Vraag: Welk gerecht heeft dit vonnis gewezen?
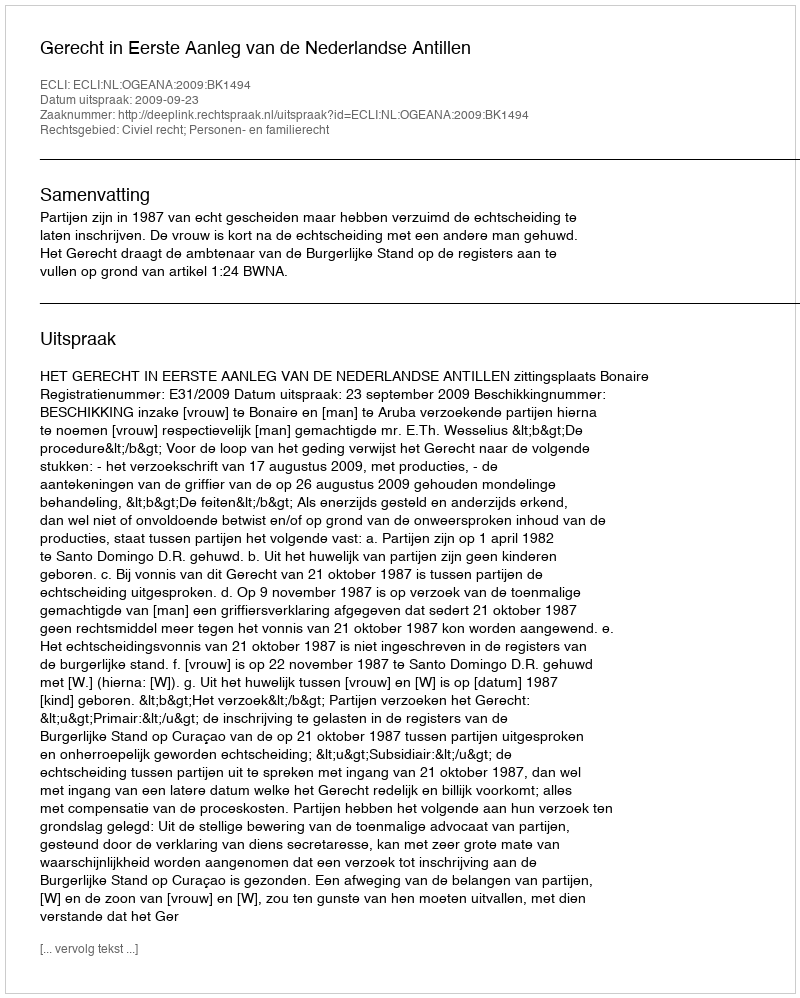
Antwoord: Gerecht in Eerste Aanleg van de Nederlandse Antillen